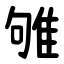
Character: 雊